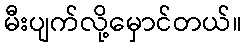
မီးပျက်လို့မှောင်တယ်။